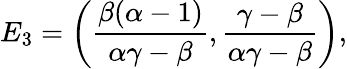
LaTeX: E_{3}=\bigg(\frac{\beta(\alpha-1)}{\alpha\gamma-\beta},\frac{\gamma-\beta}{\alpha\gamma-\beta}\bigg),